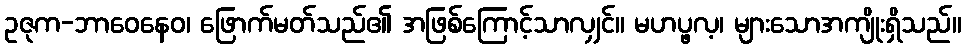
ဥဇုက-ဘာဝေနေဝ၊ ဖြောက်မတ်သည်၏ အဖြစ်ကြောင့်သာလျှင်။ မဟပ္ဖလ့၊ များသောအကျိုးရှိသည်။